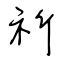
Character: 祈